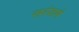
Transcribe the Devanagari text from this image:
सरंजामे